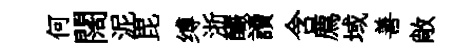
何闊泥毘缚浙釅讀含廌域善敞